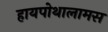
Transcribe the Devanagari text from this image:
हायपोथालामस